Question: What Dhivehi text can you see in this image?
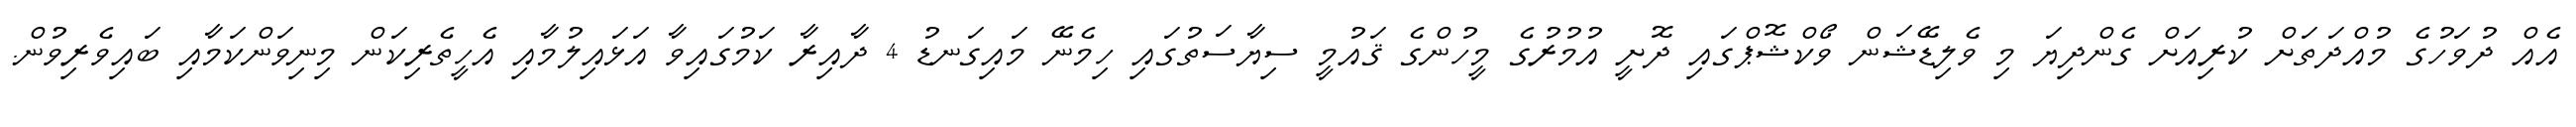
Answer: އެއް ދުވަހުގެ މުއްދަތަށް ކުރިއަށް ގެންދިޔަ މި ވެލިޑޭޝަން ވޯކްޝޮޕްގައި ދޮށީ އުމުރުގެ މީހުންގެ ޤައުމީ ސިޔާސަތުގައި ހިމެނޭ މައިގަނޑު 4 ދާއިރާ ކަމުގައިވާ އަޅައިލުމާއި އެހީތެރިކަން މިނިވަންކަމާއި ބައިވެރިވުން.